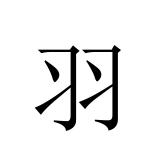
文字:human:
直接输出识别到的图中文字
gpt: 羽